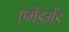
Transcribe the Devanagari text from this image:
एमेंडमेंड